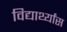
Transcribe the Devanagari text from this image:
विद्यार्थ्यांस